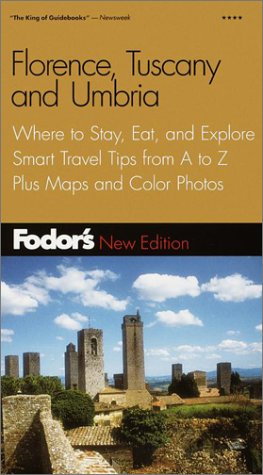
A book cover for Fodor's Florence, Tuscany, Umbria, 5th Edition: Where to Stay, Eat, and Explore, Smart Travel Tips from A to Z, Plus Maps and Co lor Photos (Fodor's Gold Guides); Fodor's; Travel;